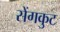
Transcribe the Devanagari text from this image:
सेंगकुट